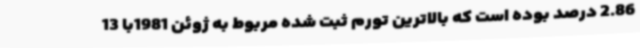
2.86 درصد بوده است که بالاترین تورم ثبت شده مربوط به ژوئن 1981با 13